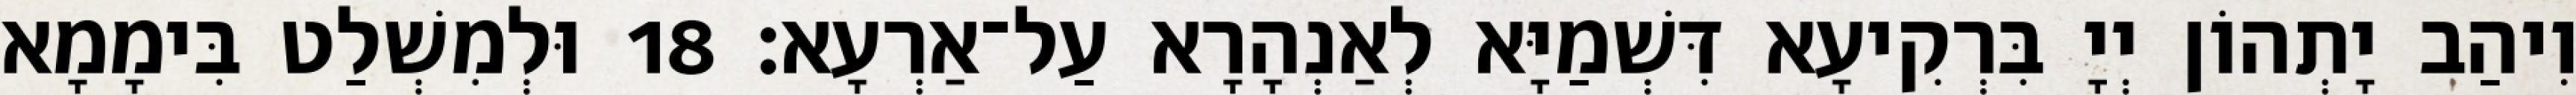
וִיהַב יָתְהוֹן יְיָ בִּרְקִיעָא דִּשְׁמַיָּא לְאַנְהָרָא עַל־אַרְעָא׃ 18 וּלְמִשְׁלַט בִּימָמָא